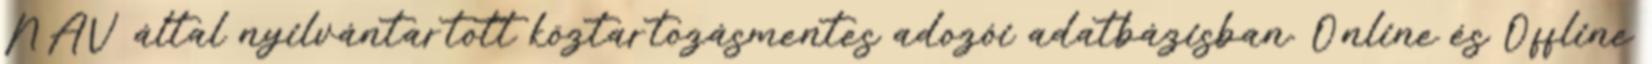
NAV által nyilvántartott köztartozásmentes adozói adatbázisban. Online és Offline